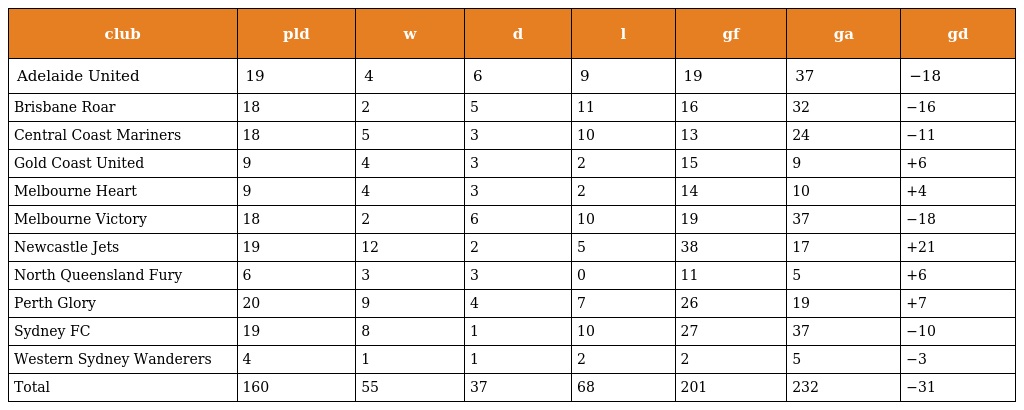
| club | pld | w | d | l | gf | ga | gd |
 | --- | --- | --- | --- | --- | --- | --- | --- |
 | Adelaide United | 19 | 4 | 6 | 9 | 19 | 37 | −18 |
 | Brisbane Roar | 18 | 2 | 5 | 11 | 16 | 32 | −16 |
 | Central Coast Mariners | 18 | 5 | 3 | 10 | 13 | 24 | −11 |
 | Gold Coast United | 9 | 4 | 3 | 2 | 15 | 9 | +6 |
 | Melbourne Heart | 9 | 4 | 3 | 2 | 14 | 10 | +4 |
 | Melbourne Victory | 18 | 2 | 6 | 10 | 19 | 37 | −18 |
 | Newcastle Jets | 19 | 12 | 2 | 5 | 38 | 17 | +21 |
 | North Queensland Fury | 6 | 3 | 3 | 0 | 11 | 5 | +6 |
 | Perth Glory | 20 | 9 | 4 | 7 | 26 | 19 | +7 |
 | Sydney FC | 19 | 8 | 1 | 10 | 27 | 37 | −10 |
 | Western Sydney Wanderers | 4 | 1 | 1 | 2 | 2 | 5 | −3 |
 | Total | 160 | 55 | 37 | 68 | 201 | 232 | −31 |